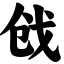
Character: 戗